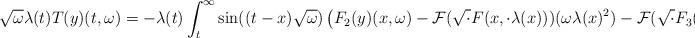
LaTeX: \begin{align*} \sqrt{\omega} \lambda(t) T(y)(t,\omega) = -\lambda(t) \int_{t}^{\infty} \sin((t-x)\sqrt{\omega})\left(F_{2}(y)(x,\omega)-\mathcal{F}(\sqrt{\cdot}F(x,\cdot \lambda(x)))(\omega \lambda(x)^{2})-\mathcal{F}(\sqrt{\cdot}F_{3}(x,\cdot\lambda(x)))(\omega \lambda(x)^{2})\right) dx\end{align*}